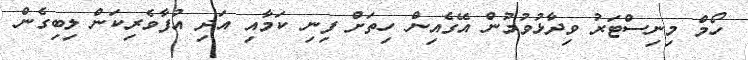
ހޯމް މިނިސްޓަރު ވިދާޅުވުމުން އޭގެއިން ހިތަށް ފިނި ކަމާއި އަދި އުފާވެރިކަން ލިބިގެން